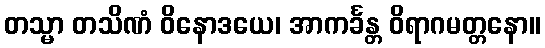
တသ္မာ တသိဏံ ဝိနောဒယေ၊ အာကင်္ခန္တ ဝိရာဂမတ္တနော။